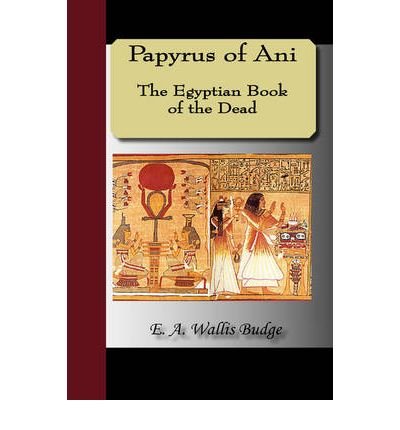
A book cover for Papyrus of Ani: Egyptian Book of the Dead (Paperback) - Common; Translated by Sir E. a. Wallis Budge; Religion & Spirituality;